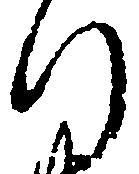
行